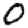
Digit: 0